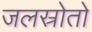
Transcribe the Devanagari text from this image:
जलस्रोतो